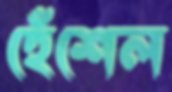
হেঁশেল